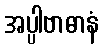
အပ္ပါဗာဓာနံ